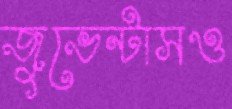
জুভেন্টাসও